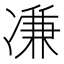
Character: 𠗳